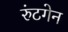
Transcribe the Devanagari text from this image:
रुंटगेन